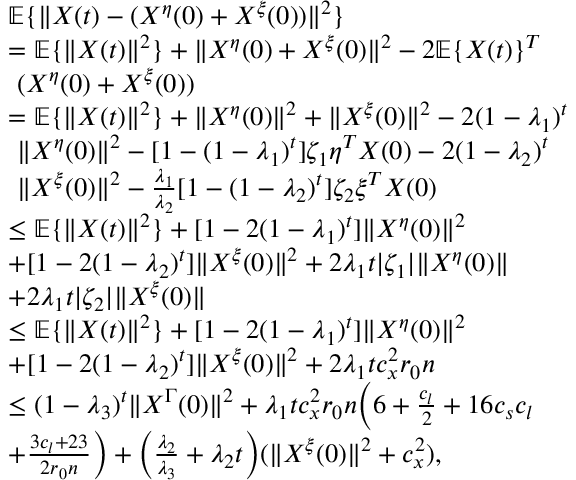
\begin{array} { r l } & { \mathbb { E } \{ \| X ( t ) - ( X ^ { \eta } ( 0 ) + X ^ { \xi } ( 0 ) ) \| ^ { 2 } \} } \\ & { = \mathbb { E } \{ \| X ( t ) \| ^ { 2 } \} + \| X ^ { \eta } ( 0 ) + X ^ { \xi } ( 0 ) \| ^ { 2 } - 2 \mathbb { E } \{ X ( t ) \} ^ { T } } \\ & { ~ ( X ^ { \eta } ( 0 ) + X ^ { \xi } ( 0 ) ) } \\ & { = \mathbb { E } \{ \| X ( t ) \| ^ { 2 } \} + \| X ^ { \eta } ( 0 ) \| ^ { 2 } + \| X ^ { \xi } ( 0 ) \| ^ { 2 } - 2 ( 1 - \lambda _ { 1 } ) ^ { t } } \\ & { ~ \| X ^ { \eta } ( 0 ) \| ^ { 2 } - [ 1 - ( 1 - \lambda _ { 1 } ) ^ { t } ] \zeta _ { 1 } \eta ^ { T } X ( 0 ) - 2 ( 1 - \lambda _ { 2 } ) ^ { t } } \\ & { ~ \| X ^ { \xi } ( 0 ) \| ^ { 2 } - \frac { \lambda _ { 1 } } { \lambda _ { 2 } } [ 1 - ( 1 - \lambda _ { 2 } ) ^ { t } ] \zeta _ { 2 } \xi ^ { T } X ( 0 ) } \\ & { \le \mathbb { E } \{ \| X ( t ) \| ^ { 2 } \} + [ 1 - 2 ( 1 - \lambda _ { 1 } ) ^ { t } ] \| X ^ { \eta } ( 0 ) \| ^ { 2 } } \\ & { + [ 1 - 2 ( 1 - \lambda _ { 2 } ) ^ { t } ] \| X ^ { \xi } ( 0 ) \| ^ { 2 } + 2 \lambda _ { 1 } t | \zeta _ { 1 } | \| X ^ { \eta } ( 0 ) \| } \\ & { + 2 \lambda _ { 1 } t | \zeta _ { 2 } | \| X ^ { \xi } ( 0 ) \| } \\ & { \le \mathbb { E } \{ \| X ( t ) \| ^ { 2 } \} + [ 1 - 2 ( 1 - \lambda _ { 1 } ) ^ { t } ] \| X ^ { \eta } ( 0 ) \| ^ { 2 } } \\ & { + [ 1 - 2 ( 1 - \lambda _ { 2 } ) ^ { t } ] \| X ^ { \xi } ( 0 ) \| ^ { 2 } + 2 \lambda _ { 1 } t c _ { x } ^ { 2 } r _ { 0 } n } \\ & { \le ( 1 - \lambda _ { 3 } ) ^ { t } \| X ^ { \Gamma } ( 0 ) \| ^ { 2 } + \lambda _ { 1 } t c _ { x } ^ { 2 } r _ { 0 } n \Big ( 6 + \frac { c _ { l } } { 2 } + 1 6 c _ { s } c _ { l } } \\ & { + \frac { 3 c _ { l } + 2 3 } { 2 r _ { 0 } n } \Big ) + \Big ( \frac { \lambda _ { 2 } } { \lambda _ { 3 } } + \lambda _ { 2 } t \Big ) ( \| X ^ { \xi } ( 0 ) \| ^ { 2 } + c _ { x } ^ { 2 } ) , } \end{array}